Report on the lunatic asylums under the Government of Bombay - 1904-1913
Year: 1904
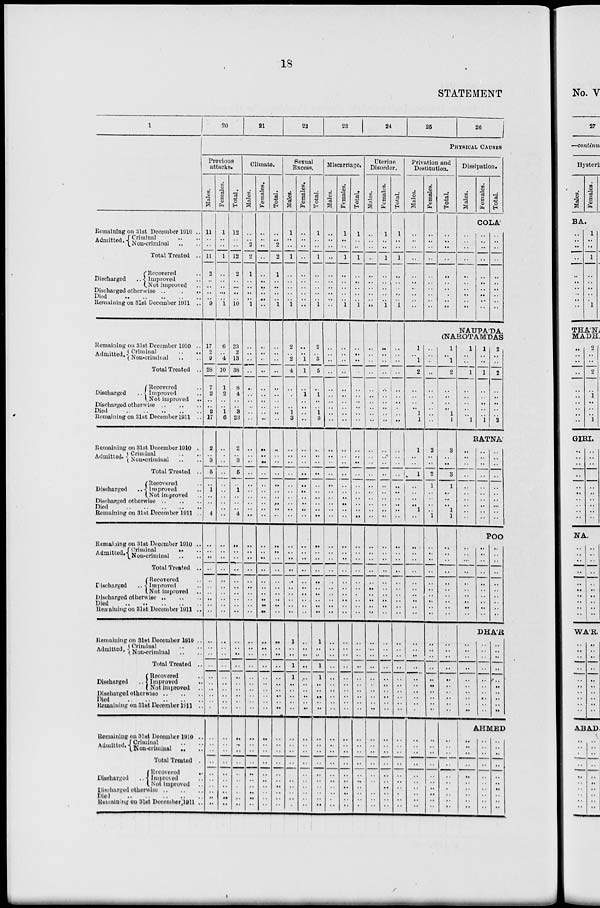
18
STATEMENT
1
Remaining on 31st December 1910 ..
Admitted. Criminal .. ..
Non-criminal .. ..
Total Treated ..
Discharged..
Recovered ..
Improved..
Not improved ..
Discharged
otherwise..
..
..
Died
..
..
..
..
Remaining on 31st December 1911 ..
Remaining on 31st December 1910 ..
Admitted. Criminal
..
..
Non-criminal .. ..
Total Treated ..
Discharged..
Recovered ..
Improved
..
Not improved ..
Discharged otherwise
..
..
..
Died
..
..
..
..
Remaining on 31st December 1911 .
Remaining on 31st December 1910
Admitted. Criminal .. ..
Non-criminal .. ..
Total Treated ..
Discharged ..
Recovered ..
Improved ..
Not improved
Discharge otherwise .. .. ..
Died .. .. .. ..
Remaining on 31st Decembor 1911 ..
Remaining on 31st December 1910 ..
Admitted. Criminal
..
..
Non-criminal .. ..
Total Treated ..
Discharged..
Recovered ..
Improved ..
Not improved ..
Discharged .. .. ..
Died .. .. ..
Remaining on 31st December 1911 ..
Remaining on 31st December 1910 ..
Admitted. Criminal .. ..
Non-criminal .. ..
Total Treated ..
Discharged ..
Recovered..
Improved..
Not improved..
Discharged otherwise .. ..
Died .. .. .. ..
Remaining on 31st December 1911 ..
Remaining on 31 st December 1910 ..
Admitted. Criminal ..
Non-criminal
..
Total Treated ..
Discharged ..
Recovered ..
Improved ..
Not improved ..
Discharged otherwise .. ..
Died .. .. .. ..
Remaining on 31st December 1911..
20
21
22
23
24
25
26
PHYSICAL CAUSES
Previous
attacks.
Males.
11
..
..
11
2
..
..
..
..
9
17
2
9
28
7
2
..
..
2
17
2
..
3
5
..
1
..
..
.. 4
..
..
..
..
..
..
..
..
..
..
..
..
..
..
..
..
..
..
..
..
..
..
..
..
..
..
..
..
..
..
Females.
1
..
..
1
..
..
..
..
..
1
6
..
4
10
1
2
..
..
1
6
..
..
..
..
..
..
..
..
..
..
..
..
..
..
..
..
..
..
..
..
..
..
..
..
..
..
..
..
..
..
..
..
..
..
..
..
..
..
..
..
Total.
12
..
..
12
2
..
..
..
..
10
23
2
13
38
8
4
..
..
3
23
2
..
3
5
..
1
..
..
..
4
..
..
..
..
..
..
..
..
..
..
..
..
..
..
..
..
..
..
..
..
..
..
..
..
..
..
..
..
..
..
Climate.
Males.
..
..
2
2
1
..
..
..
..
1
..
..
..
..
..
..
..
..
..
..
..
..
..
..
..
..
..
..
..
..
..
..
..
..
..
..
..
..
..
..
..
..
..
..
..
..
..
..
..
..
..
..
..
..
..
..
..
..
..
..
Females.
..
..
..
..
..
..
..
..
..
..
..
..
..
..
..
..
..
..
..
..
..
..
..
..
..
..
..
..
..
..
..
..
..
..
..
..
..
..
..
..
..
..
..
..
..
..
..
..
..
..
..
..
..
..
..
..
..
..
..
..
Total.
..
..
2
2
1
..
..
..
..
1
..
..
..
..
..
..
..
..
..
..
..
..
..
..
..
..
..
..
..
..
..
..
..
..
..
..
..
..
..
..
..
..
..
..
..
..
..
..
..
..
..
..
..
..
..
..
..
..
..
..
Sexual
Excess.
Males.
1
..
..
1
..
..
..
..
..
1
2
..
2
4
..
..
..
..
1
3
..
..
..
..
..
..
..
..
..
..
..
..
..
..
..
..
..
..
..
..
..
..
..
..
..
..
..
..
..
..
..
..
..
..
..
..
..
..
..
..
Females.
..
..
..
..
..
..
..
..
..
..
..
..
1
1
..
1
..
..
..
..
..
..
..
..
..
..
..
..
..
..
..
..
..
..
..
..
..
..
..
..
..
1
..
..
1
1
..
..
..
..
..
..
..
..
..
..
..
..
..
..
..
Total.
1
..
..
1
..
..
..
..
..
1
2
..
3
5
..
1
..
..
1
3
..
..
..
..
..
..
..
..
..
..
..
..
..
..
..
..
..
..
..
..
..
..
..
..
..
..
..
..
..
..
..
..
..
..
..
..
..
..
..
..
..
Miscarriage.
Males.
..
..
..
..
..
..
..
..
..
..
..
..
..
..
..
..
..
..
..
..
..
..
..
..
..
..
..
..
..
..
..
..
..
..
..
..
..
..
..
..
..
1
..
..
1
1
..
..
..
..
..
..
..
..
..
..
..
..
..
..
..
Females.
1
..
..
1
..
..
..
..
..
1
..
..
..
..
..
..
..
..
..
..
..
..
..
..
..
..
..
..
..
..
..
..
..
..
..
..
..
..
..
..
..
..
..
..
..
..
..
..
..
..
..
..
..
..
..
..
..
..
..
..
..
Total.
1
..
..
1
..
..
..
..
..
1
..
..
..
..
..
..
..
..
..
..
..
..
..
..
..
..
..
..
.. ..
..
..
..
..
..
..
..
..
..
..
..
..
..
..
..
..
..
..
..
..
..
..
..
..
..
..
..
..
..
..
..
Uterine
Disorder.
Males.
..
..
..
..
..
..
..
..
..
..
..
..
..
..
..
..
..
..
..
..
..
..
..
..
..
..
..
..
..
..
..
..
..
..
..
..
..
..
..
..
..
..
..
..
..
..
..
..
..
..
..
..
..
..
..
..
..
..
..
..
..
Females.
1
..
..
1
..
..
..
..
..
1
..
..
..
..
..
..
..
..
..
..
..
..
..
..
..
..
..
..
..
..
..
..
..
..
..
..
..
..
..
..
..
..
..
..
..
..
..
..
..
..
..
..
..
..
..
..
..
..
..
..
..
Total.
1
..
..
1
..
..
..
..
..
1
..
.. ..
..
..
..
..
..
..
..
..
..
..
..
..
..
..
..
..
..
..
..
..
..
..
..
..
..
..
..
..
..
..
..
..
..
..
..
..
..
..
..
..
..
..
..
..
..
..
..
..
Privation and
Destitution.
Males.
..
..
..
..
..
..
..
..
..
..
Females.
..
..
..
..
..
..
..
..
..
..
Total.
..
..
..
..
..
..
..
..
..
..
Dissipation.
Males.
Females.
Total.
COLA'
..
..
..
..
..
..
..
..
..
..
..
..
..
..
..
..
..
..
..
..
..
..
..
..
..
..
..
..
..
..
NAUPA'DA.
(NAROTAMDAS
1
..
1
2
..
..
..
..
1
1
1
..
..
1
..
..
..
..
1
..
..
..
..
..
..
..
..
..
..
..
..
..
..
..
..
..
..
..
..
..
..
..
..
..
..
..
..
..
..
..
..
..
..
..
..
..
.. ..
..
..
..
2
..
..
2
1
.. ..
..
..
1
..
..
..
..
..
..
..
..
..
..
..
..
..
..
..
..
..
..
..
..
..
..
..
..
..
..
..
..
..
..
..
1
..
1
2
..
..
..
..
1
1
3
..
..
3
1
..
..
..
1
1
..
..
..
..
..
..
..
..
..
..
..
..
..
..
..
..
..
..
..
.. ..
..
..
..
..
..
..
..
..
..
..
1
..
..
1
..
..
..
..
..
1
1
..
..
1
..
..
..
..
..
1
2
..
..
2
..
..
..
..
..
2
RATNA'
..
..
..
..
..
..
..
..
..
..
..
..
..
..
..
..
..
..
..
..
..
..
..
..
..
..
..
..
..
..
POO
..
..
..
..
..
..
..
..
..
..
..
..
..
..
..
..
..
..
..
..
..
..
..
..
..
..
..
..
..
..
DHA'R
..
..
..
..
..
..
..
..
..
..
..
..
..
..
..
..
..
..
..
..
..
..
..
..
..
..
..
..
..
..
AHMED
..
..
..
..
..
..
..
..
..
..
..
..
..
..
..
..
..
..
..
..
..
..
..
..
..
..
..
..
..
..